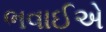
ભવાઈએ